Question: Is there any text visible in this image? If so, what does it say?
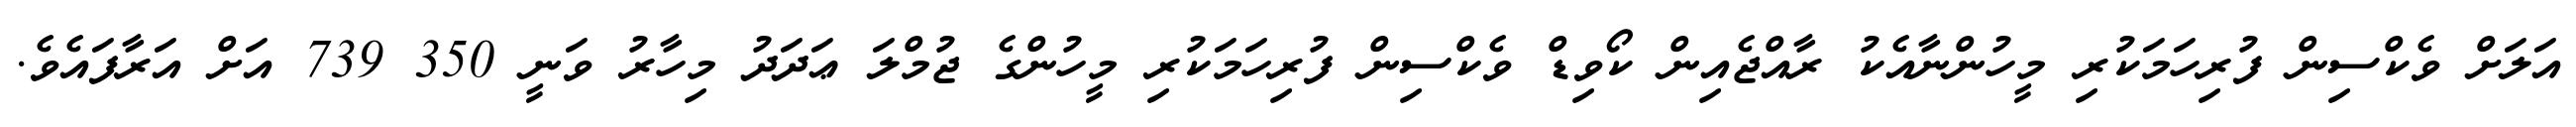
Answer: އަލަށް ވެކްސިން ފުރިހަމަކުރި މީހުންނާއެކު ރާއްޖެއިން ކޯވިޑް ވެކްސިން ފުރިހަމަކުރި މީހުންގެ ޖުމްލަ ޢަދަދު މިހާރު ވަނީ 350 739 އަށް އަރާފައެވެ.